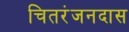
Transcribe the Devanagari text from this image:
चितरंजनदास